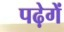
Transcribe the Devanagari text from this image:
पढ़ेगें